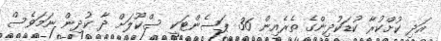
އަދި ކުށްކުރާ ކުޑަކުދިންގެ ތެރެއިން 36 ޕަސެންޓަކީ ސްކޫލަށް ދާ ކުދިން ނަމަވެސް